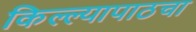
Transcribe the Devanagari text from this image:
किल्ल्यापाठचा